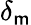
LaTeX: \delta_{\mathsf{m}}